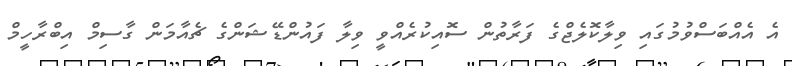
އެ އެއްބަސްވުމުގައި ވިލާކޮލެޖްގެ ފަރާތުން ސޮއިކުރެއްވީ ވިލާ ފައުންޑޭޝަންގެ ޗެއާމަން ގާސިމް އިބްރާހީމް